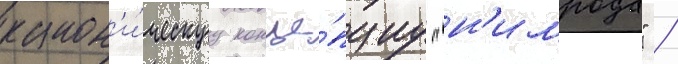
канон'и́ческуу конце́пциу "н'имрода" /